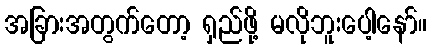
အခြားအတွက်တော့ ရှည်ဖို့ မလိုဘူးပေါ့နော်။